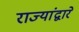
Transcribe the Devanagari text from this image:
राज्यांद्वारे